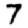
Digit: 7